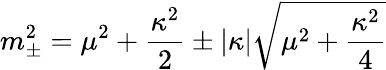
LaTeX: m_{\pm}^{2}=\mu^{2}+{\frac{\kappa^{2}}{2}}\pm|\kappa|\sqrt{\mu^{2}+{\frac{\kappa^{2}}{4}}}